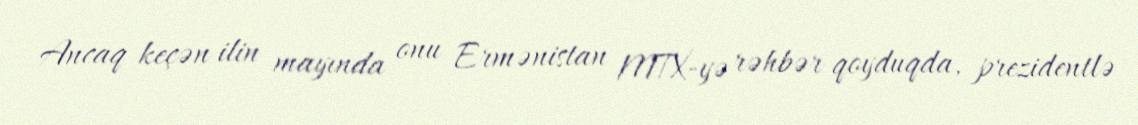
Ancaq keçən ilin mayında onu Ermənistan MTX-yə rəhbər qoyduqda, prezidentlə